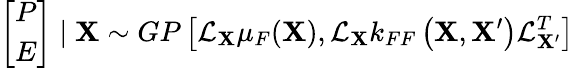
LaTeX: \left[\begin{array}{cc}{P}\\ {E}\end{array}\right]\mid\mathbf{X}\sim GP\left[\mathcal{L}_{\mathbf{X}}\mu_{F}(\mathbf{X}),\mathcal{L}_{\mathbf{X}}k_{FF}\left(\mathbf{X},\mathbf{X}^{\prime}\right)\mathcal{L}_{\mathbf{X^{\prime}}}^{T}\right]